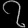
Digit: ၇